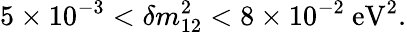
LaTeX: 5\times 10^{-3}<\delta{m}_{12}^{2}<8\times 10^{-2}~\mathrm{{eV}}^{2}.